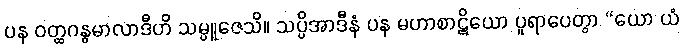
ပန ဝတ္ထဂန္ဓမာလာဒီဟိ သမ္ပူဇေသိ။ သပ္ပိအာဒီနံ ပန မဟာစာဋိယော ပူရာပေတွာ “ယော ယံ